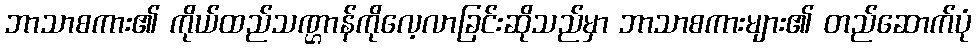
ဘာသာစကား၏ ကိုယ်ထည်သဏ္ဌာန်ကိုလေ့လာခြင်းဆိုသည်မှာ ဘာသာစကားများ၏ တည်ဆောက်ပုံ